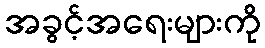
အခွင့်အရေးများကို